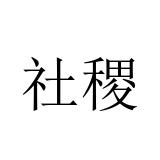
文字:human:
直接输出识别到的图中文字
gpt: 社稷